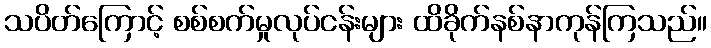
သပိတ်ကြောင့် စစ်စက်မှုလုပ်ငန်းများ ထိခိုက်နစ်နာကုန်ကြသည်။